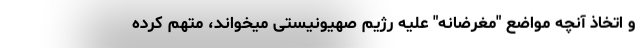
و اتخاذ آنچه مواضع "مغرضانه" علیه رژیم صهیونیستی میخواند، متهم کرده